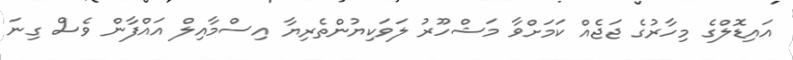
އައިޑޮލްގެ މިހާރުގެ ޖަޖެއް ކަމަށްވާ މަޝްހޫރު ލަވަކިޔުންތެރިޔާ އިސްމާއިލް އައްފާން ވެސް ގިނަ